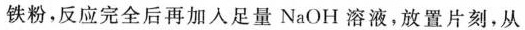
铁粉，反应完全后再加入足量 NaOH 溶液，放置片刻，从